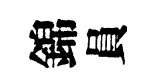
錦員